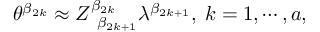
\theta ^ { \beta _ { 2 k } } \approx Z _ { \; \; \beta _ { 2 k + 1 } } ^ { \beta _ { 2 k } } \lambda ^ { \beta _ { 2 k + 1 } } , \; k = 1 , \cdots , a ,